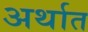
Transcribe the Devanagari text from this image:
अर्थात